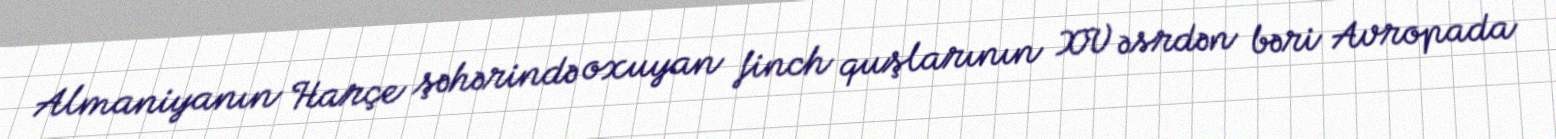
Almaniyanın Harçe şəhərində oxuyan finch quşlarının XV əsrdən bəri Avropada